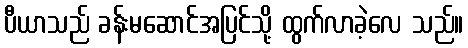
ပီယာသည် ခန်းမဆောင်အပြင်သို့ ထွက်လာခဲ့လေ သည်။